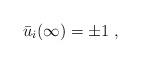
LaTeX: \begin{align*}\bar u_i(\infty) = \pm 1\ , \end{align*}